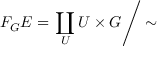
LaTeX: F _ { G } E = \left. \coprod _ { U } U \times G \right/ \sim